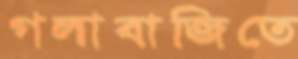
গলাবাজিতে